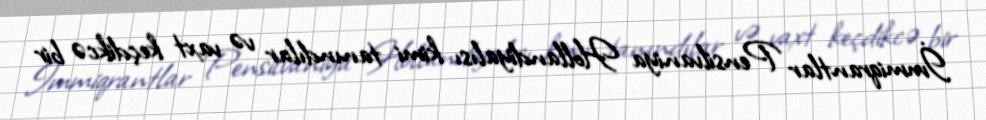
İmmiqrantlar Pensilvaniya Hollandiyalısı kimi tanındılar və vaxt keçdikcə bir